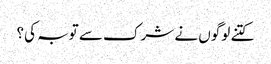
کتنے لوگوں نے شرک سے توبہ کی؟